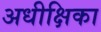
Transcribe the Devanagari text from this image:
अधीक्षिका